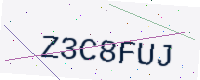
Text: Z3C8FUJ